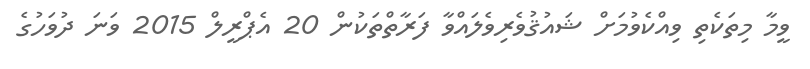
ވީމާ މިތަކެތި ވިއްކެވުމަށް ޝައުޤުވެރިވެލައްވާ ފަރާތްތަކުން 20 އެޕްރީލް 2015 ވަނަ ދުވަހުގެ